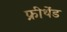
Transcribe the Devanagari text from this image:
फ्रीथेंड